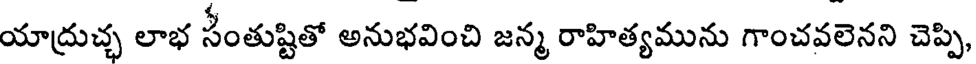
యాద్రుచ్చ లాభ సేంతుష్టితో అనుభవించి జన్మ రాహిత్యమును గాంచవలెనని చెప్పి,